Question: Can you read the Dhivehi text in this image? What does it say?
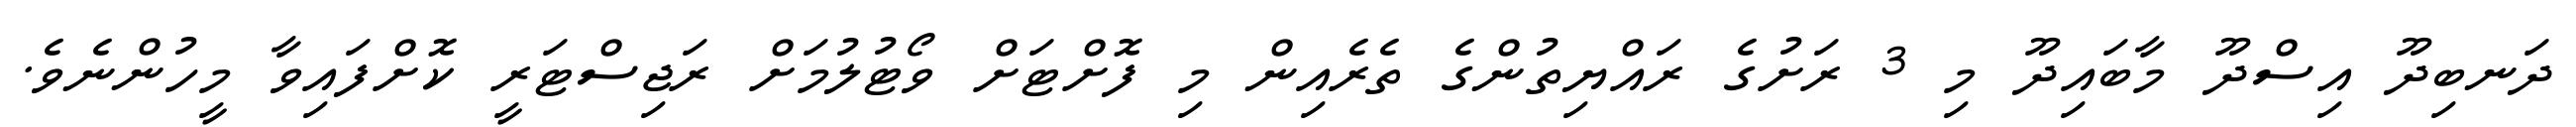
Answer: ދަނބިދޫ އިސްދޫ މާބައިދޫ މި 3 ރަށުގެ ރައްޔިތުންގެ ތެރެއިން މި ފޮށްޓަށް ވޯޓުލުމަށް ރަޖިސްޓަރީ ކޮށްފައިވާ މީހުންނެވެ.